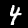
Label: 4